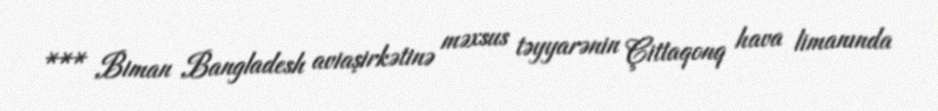
*** Biman Bangladesh aviaşirkətinə məxsus təyyarənin Çittaqonq hava limanında